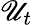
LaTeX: \mathscr{U}_{t}